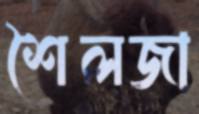
শৈলজা